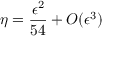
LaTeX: \eta = { \frac { \epsilon ^ { 2 } } { 5 4 } } + O ( \epsilon ^ { 3 } )